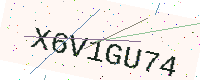
Text: X6V1GU74